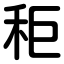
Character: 秬